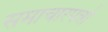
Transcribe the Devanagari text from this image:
समाचारपत्रो